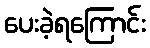
ပေးခဲ့ရကြောင်း